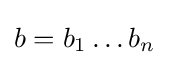
b=b_{1}\ldots b_{n}